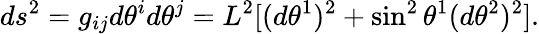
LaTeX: ds^{2}=g_{ij}d\theta^{i}d\theta^{j}=L^{2}[(d\theta^{1})^{2}+\sin^{2}\theta^{1}(d\theta^{2})^{2}].